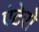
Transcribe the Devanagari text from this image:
एंटेरो